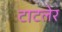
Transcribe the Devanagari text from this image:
टाटलेर